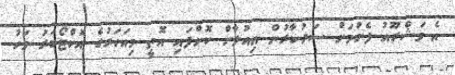
އެ މަޝްރޫއު ފެށުމަށް ސަރުކާރުން އިއުލާން ކޮށްފައި އޮތީ މިއަހަރުގެ އޮކްޓޯބަރު މަހު